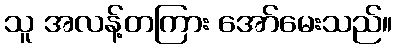
သူ အလန့်တကြား အော်မေးသည်။